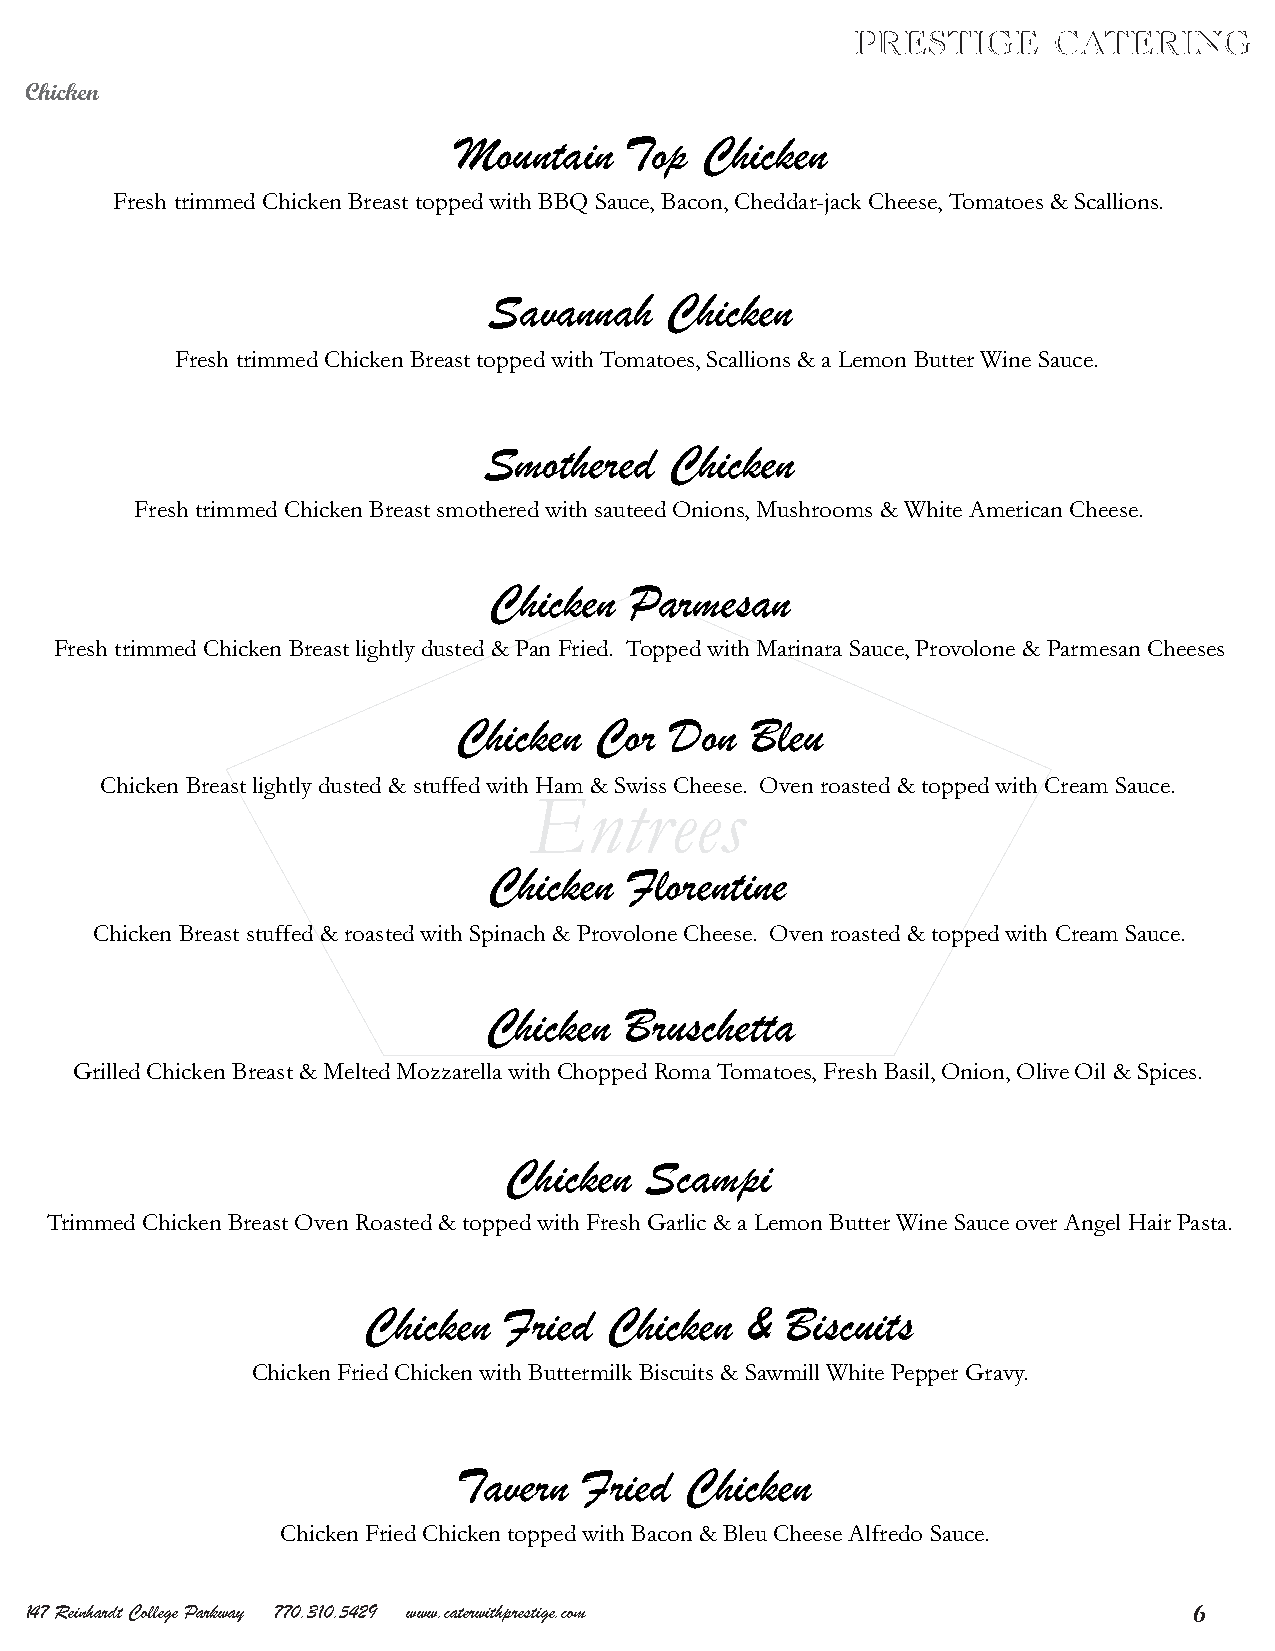
Chicken
 Mountain   Top  Chicken
 Fresh trimmed Chicken Breast topped with BBQ Sauce, Bacon, Cheddar-jack Cheese, Tomatoes & Scallions.
 Savannah    Chicken
 Fresh trimmed Chicken Breast topped with Tomatoes, Scallions & a Lemon Butter Wine Sauce.
 Smothered   Chicken
 Fresh trimmed Chicken Breast smothered with sauteed Onions, Mushrooms & White American Cheese.
 Chicken   Parmesan
 Fresh trimmed Chicken Breast lightly dusted & Pan Fried. Topped with Marinara Sauce, Provolone & Parmesan Cheeses
 Chicken  Cor  Don   Bleu
 Chicken Breast lightly dusted & stuffed with Ham & Swiss Cheese. Oven roasted & topped with Cream Sauce.
 Entrees
 Chicken   Florentine
 Chicken Breast stuffed & roasted with Spinach & Provolone Cheese. Oven roasted & topped with Cream Sauce.
 Chicken  Bruschetta
 Grilled Chicken Breast & Melted Mozzarella with Chopped Roma Tomatoes, Fresh Basil, Onion, Olive Oil & Spices.
 Chicken   Scampi
 Trimmed Chicken Breast Oven Roasted & topped with Fresh Garlic & a Lemon Butter Wine Sauce over Angel Hair Pasta.
 Chicken  Fried  Chicken  &  Biscuits
 Chicken Fried Chicken with Buttermilk Biscuits & Sawmill White Pepper Gravy.
 Tavern   Fried Chicken
 Chicken Fried Chicken topped with Bacon & Bleu Cheese Alfredo Sauce.
 147 Reinhardt College Parkway 770.310.5429 www.caterwithprestige.com         6